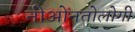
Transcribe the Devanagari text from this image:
नीओनतोलोगी